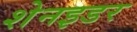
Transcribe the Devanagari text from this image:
शेनइडर